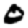
Digit: 0